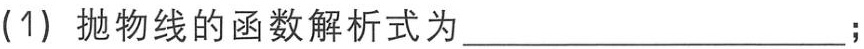
(1) 抛物线的函数解析式为____________________；